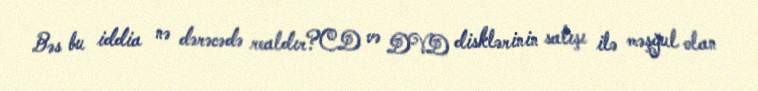
Bəs bu iddia nə dərəcədə realdır?CD və DVD disklərinin satışı ilə məşğul olan